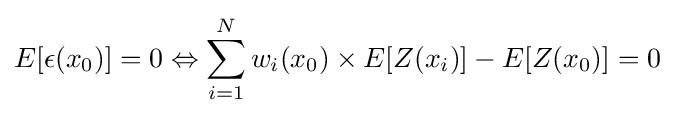
E[\epsilon (x_{0})]=0\Leftrightarrow \sum _{i=1}^{N}w_{i}(x_{0})\times E[Z(x_{i})]-E[Z(x_{0})]=0